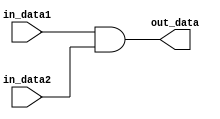
module pc_and(in_data1, in_data2, out_data);

input          in_data1;
input          in_data2;
output          out_data;

assign out_data = in_data1 & in_data2;

endmodule